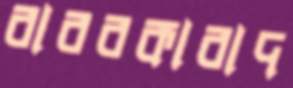
বারবকাবাদ